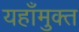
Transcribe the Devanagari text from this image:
यहाँमुक्त